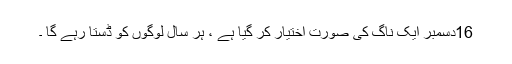
16دسمبر ایک ناگ کی صورت اختیار کر گیا ہے ، ہر سال لوگوں کو ڈستا رہے گا ۔